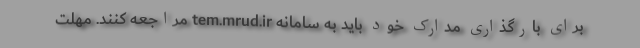
برای بارگذاری مدارک خود باید به سامانه tem.mrud.ir مراجعه کنند. مهلت